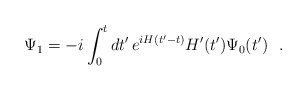
\begin{align*}\Psi_1 = -i \int_0^t dt' \, e^{i H (t'-t)} H'(t') \Psi_0 (t') ~~.\end{align*}